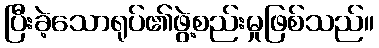
ပြီးခဲ့သောရုပ်၏ဖွဲ့စည်းမှုဖြစ်သည်။